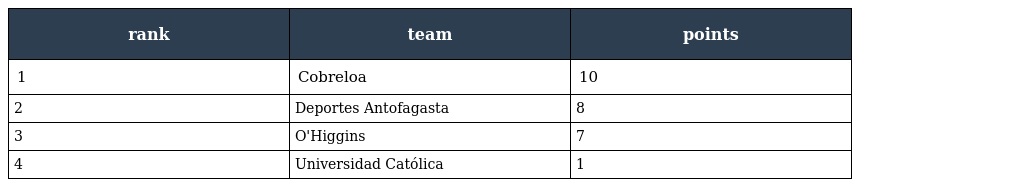
| rank | team | points |
 | --- | --- | --- |
 | 1 | Cobreloa | 10 |
 | 2 | Deportes Antofagasta | 8 |
 | 3 | O'Higgins | 7 |
 | 4 | Universidad Católica | 1 |